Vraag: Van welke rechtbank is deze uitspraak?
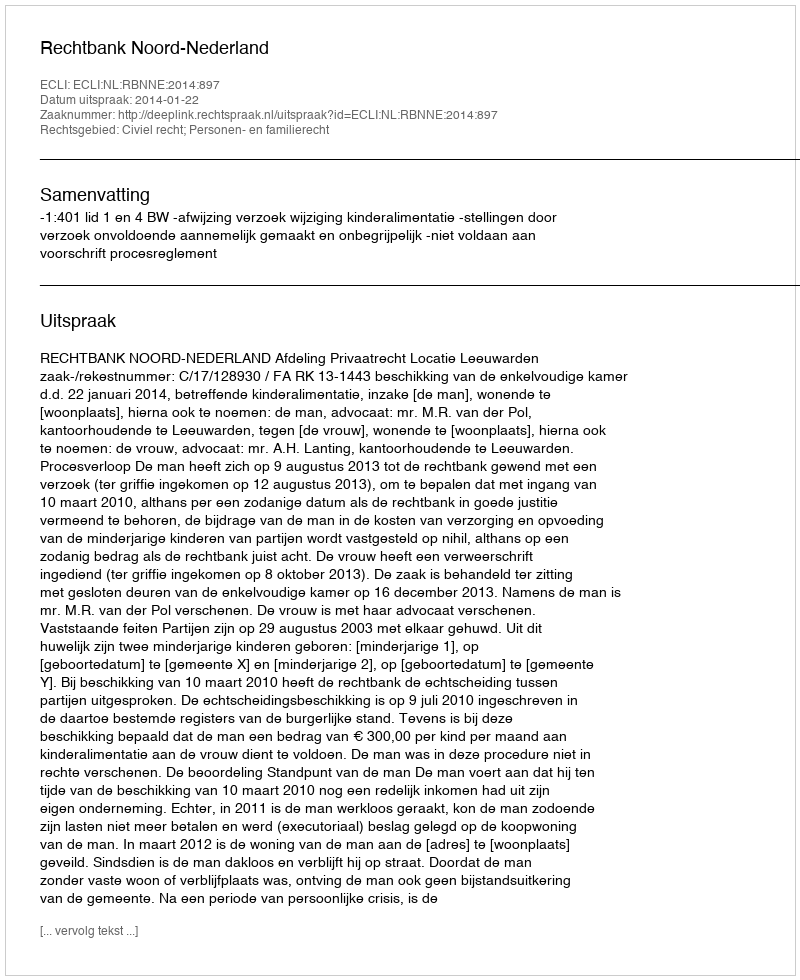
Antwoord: Rechtbank Noord-Nederland